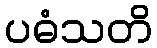
ပဓံသတိ